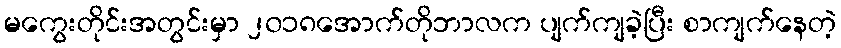
မကွေးတိုင်းအတွင်းမှာ ၂၀၁၈အောက်တိုဘာလက ပျက်ကျခဲ့ပြီး စာကျက်နေတဲ့